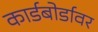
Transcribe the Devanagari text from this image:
कार्डबोर्डावर